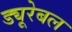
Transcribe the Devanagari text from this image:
ड्यूरेबल